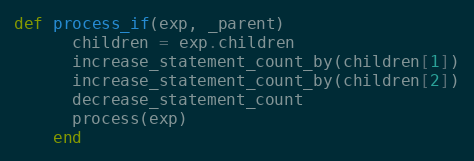
Language: Ruby
def process_if(exp, _parent)
      children = exp.children
      increase_statement_count_by(children[1])
      increase_statement_count_by(children[2])
      decrease_statement_count
      process(exp)
    end